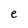
Character: e